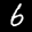
Label: 6